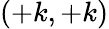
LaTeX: (+k,+k)